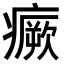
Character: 𤺤